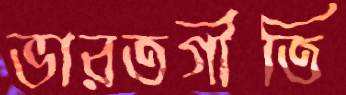
ভারতগীতি